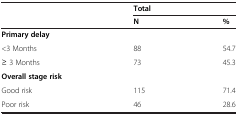
|  | Total |  |
 |  | N | % |
 | --- | --- | --- |
 | Primary delay |  |  |
 | <3 Months | 88 | 54.7 |
 | ≥ 3 Months | 73 | 45.3 |
 | Overall stage risk |  |  |
 | Good risk | 115 | 71.4 |
 | Poor risk | 46 | 28.6 |